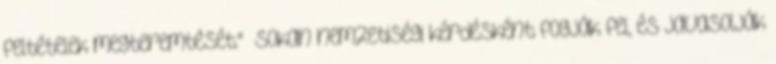
feltételek megteremtését." „Sokan nemzetiségi kérdésként fogják fel, és javasolják